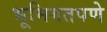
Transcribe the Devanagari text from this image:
भूमिगतपणे